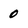
Character: 0